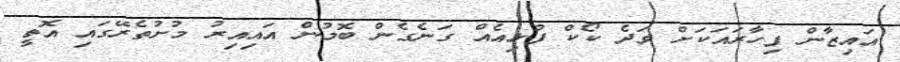
އައިޒާން ފިހާރައަކަށް ވަދެ ކޯކް ފުޅިއެއް ގަނެގެން ބޮމުން އައިއިރު މުށުތެރޭގައި އޮތީ